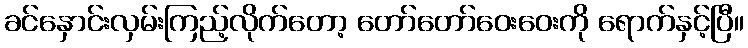
ခင်နှောင်းလှမ်းကြည့်လိုက်တော့ တော်တော်ဝေးဝေးကို ရောက်နှင့်ပြီ။